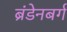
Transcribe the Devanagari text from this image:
ब्रंडेनबर्ग